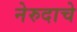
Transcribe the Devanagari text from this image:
नेरुदाचे